Scottish Leaving Certificate Examination, 1951
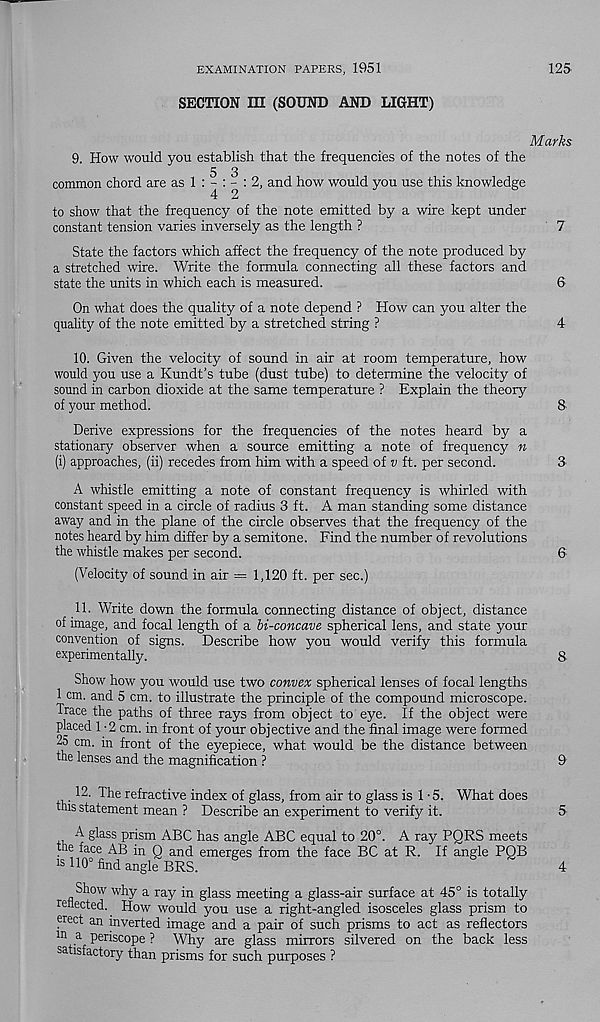
EXAMINATION PAPERS, 1951
125
SECTION m (SOUND AND LIGHT)
Marks
9. How would you establish that the frequencies of the notes of the
5 3
common chord are as 1 : - : - : 2, and how would you use this knowledge
4 2
to show that the frequency of the note emitted by a wire kept under
constant tension varies inversely as the length ?
7
State the factors which affect the frequency of the note produced by
a stretched wire. Write the formula connecting all these factors and
state the units in which each is measured.
6
On what does the quality of a note depend ? How can you alter the
quality of the note emitted by a stretched string ?
4
10. Given the velocity of sound in air at room temperature, how
would you use a Kundt’s tube (dust tube) to determine the velocity of
sound in carbon dioxide at the same temperature ? Explain the theory
of your method.
8
Derive expressions for the frequencies of the notes heard by a
stationary observer when a source emitting a note of frequency n
(i) approaches, (ii) recedes from him with a speed of v ft. per second.
3
A whistle emitting a note of constant frequency is whirled with
constant speed in a circle of radius 3 ft. A man standing some distance
away and in the plane of the circle observes that the frequency of the
notes heard by him differ by a semitone. Find the number of revolutions
the whistle makes per second.
6'
(Velocity of sound in air = 1,120 ft. per sec.)
11. Write down the formula connecting distance of object, distance
of image, and focal length of a bi-concave spherical lens, and state your
convention of signs. Describe how you would verify this formula
experimentally.
8
Show how you would use two convex spherical lenses of focal lengths
1 cm. and 5 cm. to illustrate the principle of the compound microscope.
Trace the paths of three rays from object to eye. If the object were
placed 1 • 2 cm. in front of your objective and the final image were formed
25 cm. in front of the eyepiece, what would be the distance between
the lenses and the magnification ?
9
12- The refractive index of glass, from air to glass is 1-5. What does
this statement mean ? Describe an experiment to verify it.
5
A glass prism ABC has angle ABC equal to 20°. A ray PQRS meets
the face AB in Q and emerges from the face BC at R. If angle PQB
110° find angle BRS.
5
*
4
Show why a ray in glass meeting a glass-air surface at 45° is totally
reflected. How would you use a right-angled isosceles glass prism to
erect an inverted image and a pair of such prisms to act as reflectors
ln a periscope ? Why are glass mirrors silvered on the back less
satisfactory than prisms for such purposes ?